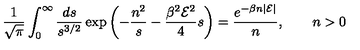
{ \frac { 1 } { \sqrt { \pi } } } \int _ { 0 } ^ { \infty } { \frac { d s } { s ^ { 3 / 2 } } } \exp \left( - { \frac { n ^ { 2 } } { s } } - { \frac { \beta ^ { 2 } { \cal E } ^ { 2 } } { 4 } } s \right) = { \frac { e ^ { - \beta n | { \cal E } | } } { n } } , \qquad n > 0